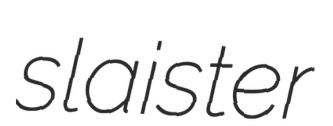
slaister